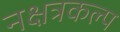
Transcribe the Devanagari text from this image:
नक्षत्रकल्प